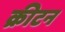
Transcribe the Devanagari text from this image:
क्रीटन